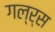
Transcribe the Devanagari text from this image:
गल्र्स